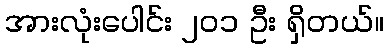
အားလုံးပေါင်း ၂၀၁ ဦး ရှိတယ်။